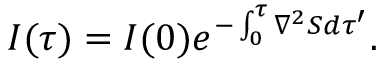
I ( \tau ) = I ( 0 ) e ^ { - \int _ { 0 } ^ { \tau } \nabla ^ { 2 } S d \tau ^ { \prime } } .